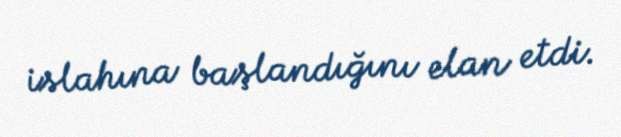
islahına başlandığını elan etdi.